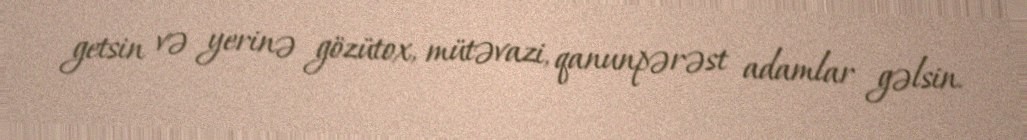
getsin və yerinə gözütox, mütəvazi, qanunpərəst adamlar gəlsin.